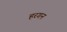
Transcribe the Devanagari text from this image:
हरगन